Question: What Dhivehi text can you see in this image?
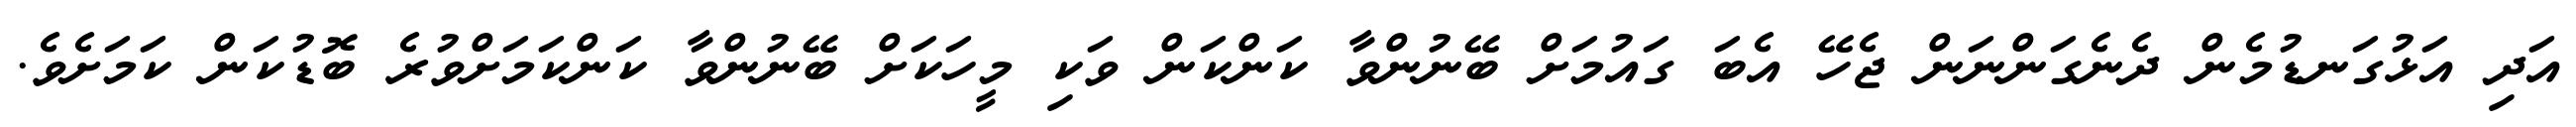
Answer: އަދި އަޅުގަނޑުމެން ދެނެގަންނަން ޖެހޭ އެބަ ގައުމަށް ބޭނުންވާ ކަންކަން ވަކި މީހަކަށް ބޭނުންވާ ކަންކަމަށްވުރެ ބޮޑުކަން ކަމަށެވެ.